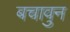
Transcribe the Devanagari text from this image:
बचावुन